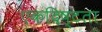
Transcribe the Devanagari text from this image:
एकदिष्टता